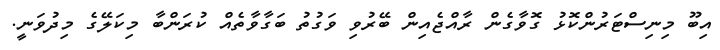
އިބޫ މިނިސްޓަރުންކޮޅު ގޮވާގެން ރާއްޖެއިން ބޭރުވި ވަގުތު ބަގާވާތެއް ކުރަންބާ މިކަލޭގެ މިދުވަނީ.